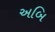
અબિ